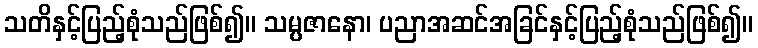
သတိနှင့်ပြည့်စုံသည်ဖြစ်၍။ သမ္ပဇာနော၊ ပညာအဆင်အခြင်နှင့်ပြည့်စုံသည်ဖြစ်၍။